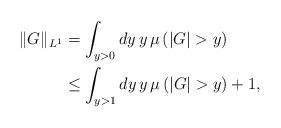
LaTeX: \begin{align*}\|G\|_{L^1} &= \int_{y>0} dy \, y \, \mu\left(|G|>y\right) \, \\&\leq \int_{y>1} dy \, y \, \mu\left(|G|>y\right) + 1,\end{align*}